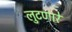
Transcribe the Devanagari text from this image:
लुटणारे